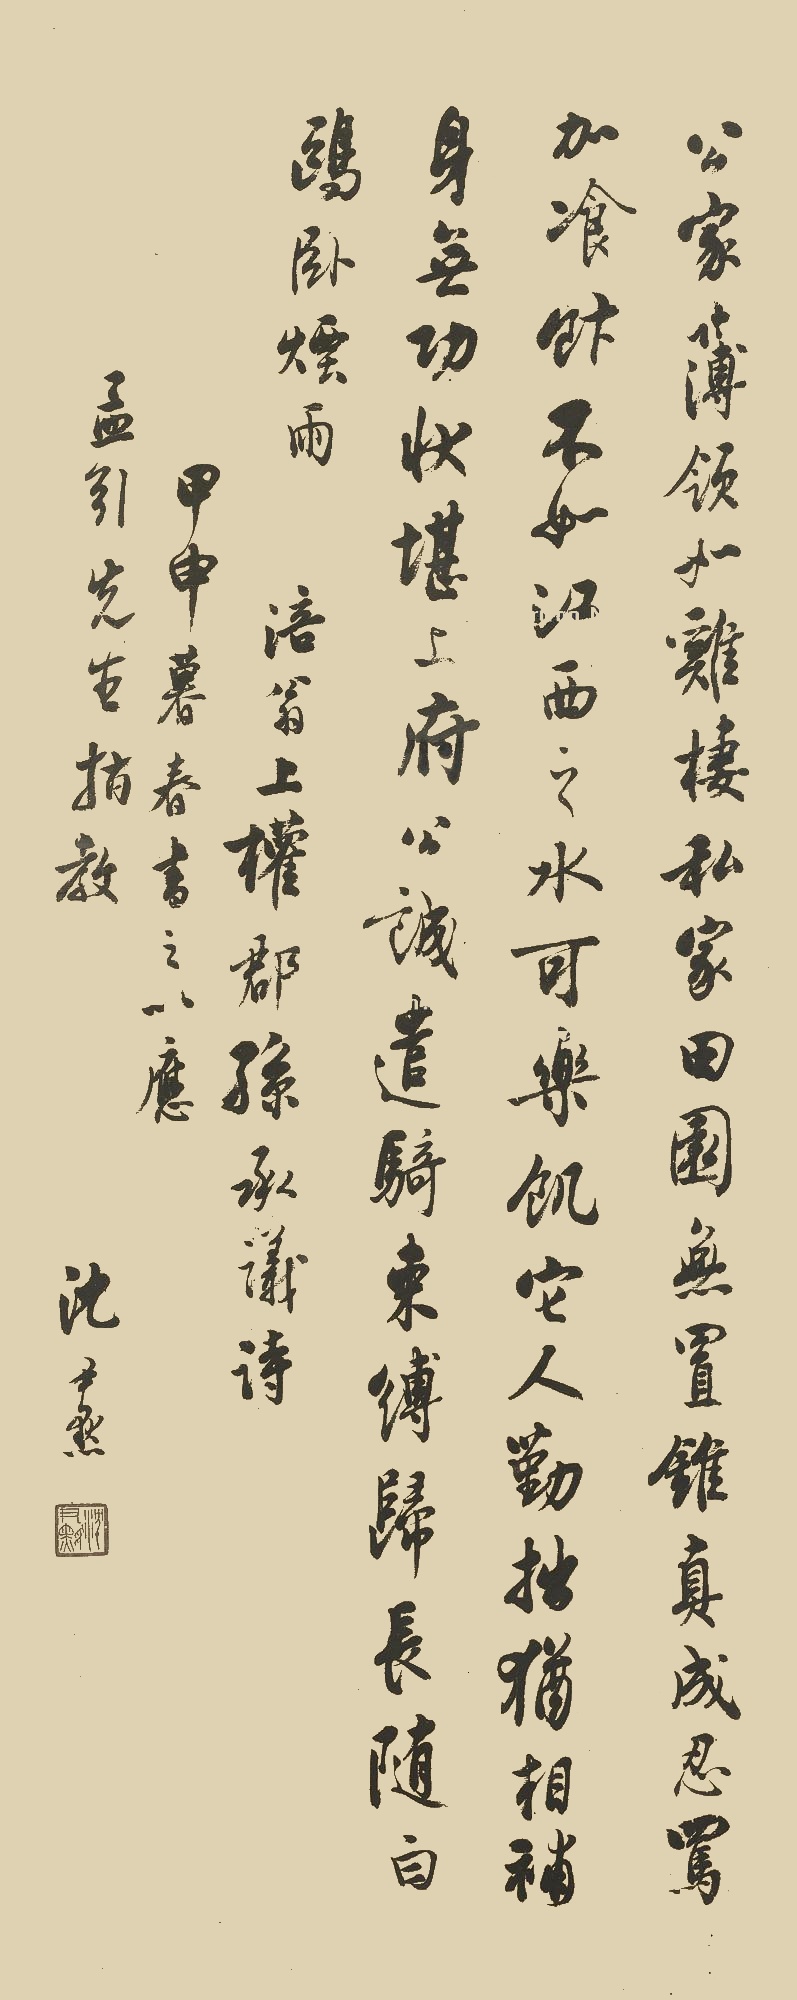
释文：公家簿领如鸡栖，私家田园无置锥。真成忍骂加餐饭，不如西江之水可乐饥。它人勤拙犹相补，身无功状堪上府。公诚遣骑束缚归，长随白鸥卧烟雨。涪翁《上权郡孙承议》诗。甲申暮春书之以应孟引先生指教，沈尹默。